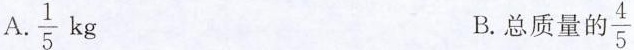
A.\frac{1}{5}kg B.总质量的\frac{4}{5}